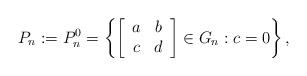
LaTeX: \begin{align*}P_n:=P^0_n=\left\{\left[\begin{array}{cc}a & b\\c & d\end{array}\right]\in G_{n}:c=0\right\},\end{align*}